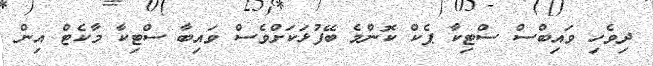
ދިވެހި ވައިބްސް ސްޓިކާ ޕެކް ކޮންމެ ބޭފުޅަކަށްވެސް ވައިބާ ސްޓިކާ މާކެޓް އިން